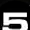
Digit: 5